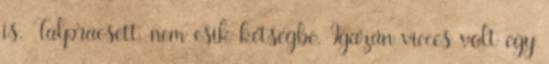
is. Talpraesett, nem esik kétségbe. Igazán vicces volt egy